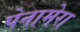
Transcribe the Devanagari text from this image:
पेनामेरा